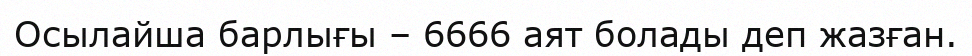
Осылайша барлығы – 6666 аят болады деп жазған.